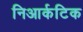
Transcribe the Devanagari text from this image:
निआर्कटिक